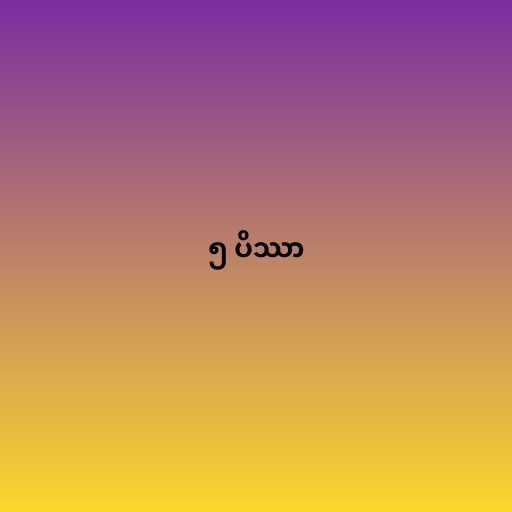
၅ ပိဿာ